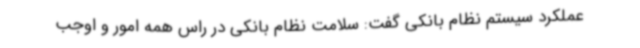
عملکرد سیستم نظام بانکی گفت: سلامت نظام بانکی در راس همه امور و اوجب